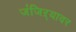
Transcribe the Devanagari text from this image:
जंजिऱ्यावर